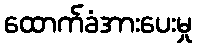
ထောက်ခံအားပေးမှု